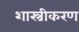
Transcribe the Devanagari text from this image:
शास्त्रीकरण